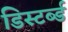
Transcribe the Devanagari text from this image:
डिस्टर्ब्ड